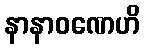
နာနာဝဏေဟိ